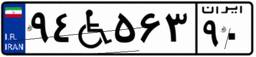
۸۱W۸۳۴۴۹